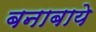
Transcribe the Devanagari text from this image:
बनाबाये